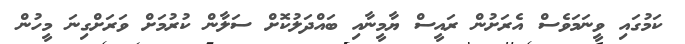
ކަމުގައި ވީނަމަވެސް އެރަށުން ރައީސް ޔާމީނާއި ބައްދަލުކޮށް ސަލާން ކުރުމަށް ވަރަށްގިނަ މީހުން